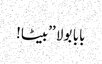
بابا بولا ’’بیٹا!